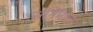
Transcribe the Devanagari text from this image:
संनिधाता